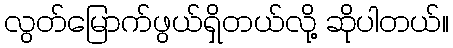
လွတ်မြောက်ဖွယ်ရှိတယ်လို့ ဆိုပါတယ်။